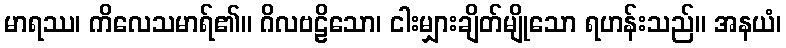
မာရဿ၊ ကိလေသမာရ်၏။ ဂိလဗဠိသော၊ ငါးမျှားချိတ်မျိုသော ရဟန်းသည်။ အနယံ၊